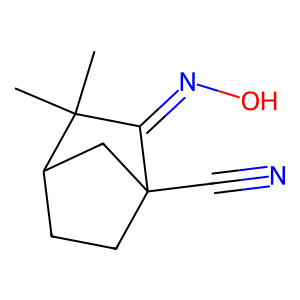
SMILES: CC1(C)C(=NO)C2(C#N)CCC1C2
Inhibits HIV replication: No